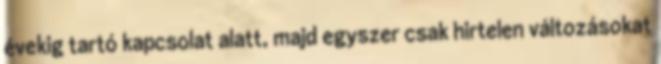
évekig tartó kapcsolat alatt, majd egyszer csak hirtelen változásokat